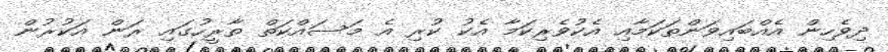
ދިވެހިން އެއްބައިވަންތަކަމާއި އެކުވެރިކަމާ އެކު ކުރި އެ މަސައްކަތް ތާރީހުގައި ރަން އަކުރުން